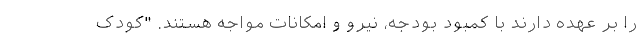
را بر عهده دارند با کمبود بودجه، نیرو و امکانات مواجه هستند. "کودک